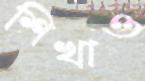
শিখাও